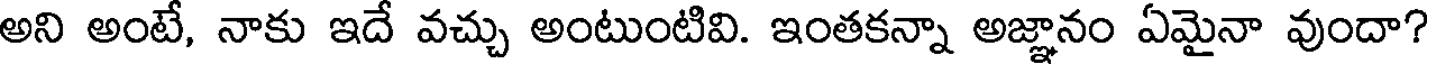
అని అంటే, నాకు ఇదే వచ్చు అంటుంటివి. ఇంతకన్నా అజ్ఞానం ఏమైనా వుందా?